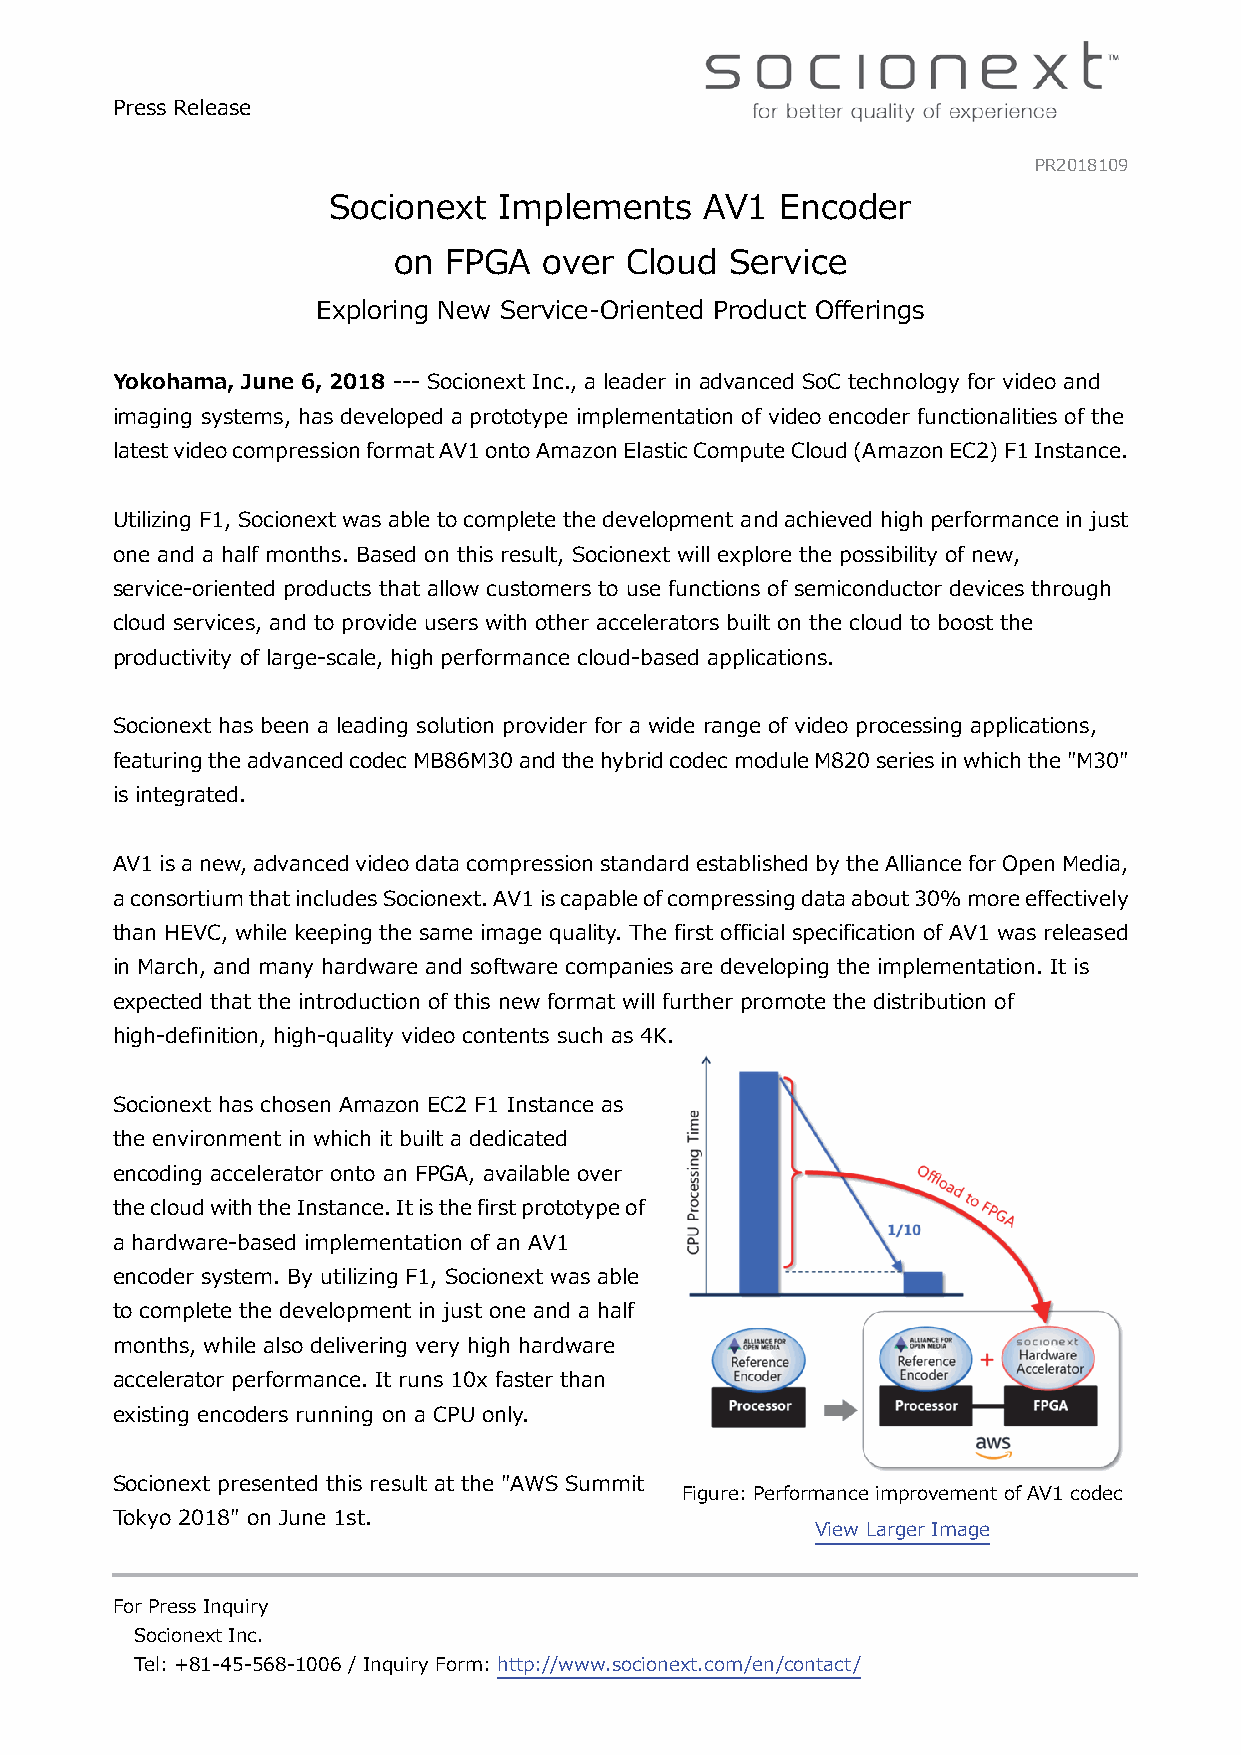
Press Release
 PR2018109
 Socionext  Implements    AV1  Encoder
 on  FPGA  over Cloud  Service
 Exploring New Service-Oriented Product Offerings
 Yokohama, June 6, 2018 --- Socionext Inc., a leader in advanced SoC technology for video and
 imaging systems, has developed a prototype implementation of video encoder functionalities of the
 latest video compression format AV1 onto Amazon Elastic Compute Cloud (Amazon EC2) F1 Instance.
 Utilizing F1, Socionext was able to complete the development and achieved high performance in just
 one and a half months. Based on this result, Socionext will explore the possibility of new,
 service-oriented products that allow customers to use functions of semiconductor devices through
 cloud services, and to provide users with other accelerators built on the cloud to boost the
 productivity of large-scale, high performance cloud-based applications.
 Socionext has been a leading solution provider for a wide range of video processing applications,
 featuring the advanced codec MB86M30 and the hybrid codec module M820 series in which the "M30"
 is integrated.
 AV1 is a new, advanced video data compression standard established by the Alliance for Open Media,
 a consortium that includes Socionext. AV1 is capable of compressing data about 30% more effectively
 than HEVC, while keeping the same image quality. The first official specification of AV1 was released
 in March, and many hardware and software companies are developing the implementation. It is
 expected that the introduction of this new format will further promote the distribution of
 high-definition, high-quality video contents such as 4K.
 Socionext has chosen Amazon EC2 F1 Instance as
 the environment in which it built a dedicated
 encoding accelerator onto an FPGA, available over
 the cloud with the Instance. It is the first prototype of
 a hardware-based implementation of an AV1
 encoder system. By utilizing F1, Socionext was able
 to complete the development in just one and a half
 months, while also delivering very high hardware
 accelerator performance. It runs 10x faster than
 existing encoders running on a CPU only.
 Socionext presented this result at the "AWS Summit
 Figure: Performance improvement of AV1 codec
 Tokyo 2018" on June 1st.
 View Larger Image
 For Press Inquiry
 Socionext Inc.
 Tel: +81-45-568-1006 / Inquiry Form: http://www.socionext.com/en/contact/